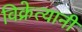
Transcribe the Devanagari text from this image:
विक्रेत्यानी